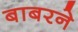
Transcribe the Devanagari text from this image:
बाबरने